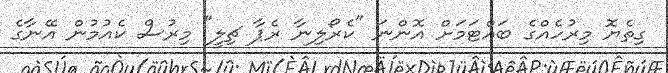
ގިތެޔޮ މިރުހެއްގެ ބައްޓަމަށް އޮންނަ "ކެރޯލިނާ ރެޕާ ޗިލީ" މިރުސް ކެއުމުން އޭނާގެ